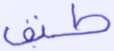
طبق